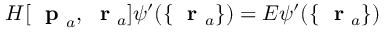
H [ \mathrm { ~ \bf ~ p ~ } _ { a } , \mathrm { ~ \bf ~ r ~ } _ { a } ] \psi ^ { \prime } ( \{ \mathrm { ~ \bf ~ r ~ } _ { a } \} ) = E \psi ^ { \prime } ( \{ \mathrm { ~ \bf ~ r ~ } _ { a } \} )